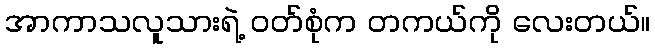
အာကာသလူသားရဲ့ ဝတ်စုံက တကယ်ကို လေးတယ်။